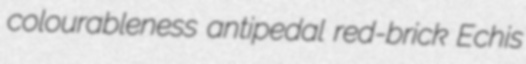
colourableness antipedal red-brick Echis